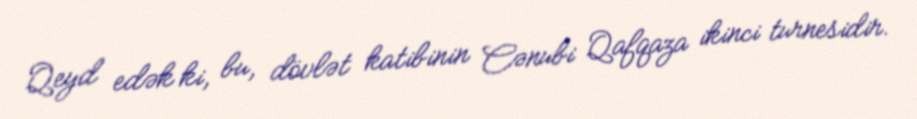
Qeyd edək ki, bu, dövlət katibinin Cənubi Qafqaza ikinci turnesidir.